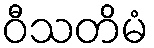
ဝီသတိမံ